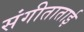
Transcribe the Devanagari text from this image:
संगीताताई